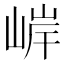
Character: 𫶂